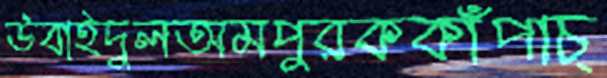
উবাইদুলঅমপুরককাঁপাচ্